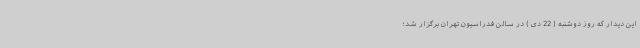
این دیدار که روز دوشنبه ( 22 دی ) در سالن فدراسیون تهران برگزار شد؛